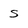
Character: s